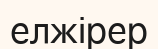
елжірер